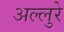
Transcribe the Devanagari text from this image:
अल्लुरे